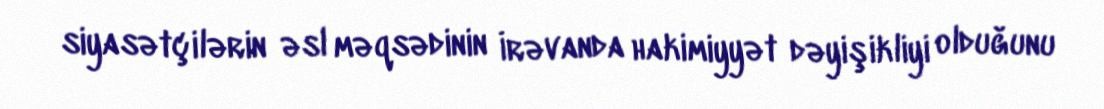
siyasətçilərin əsl məqsədinin İrəvanda hakimiyyət dəyişikliyi olduğunu